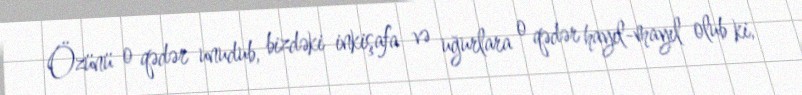
Özünü o qədər unudub, bizdəki inkişafa və uğurlara o qədər hayıl-mayıl olub ki,